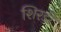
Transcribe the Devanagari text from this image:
शिरड़ी